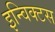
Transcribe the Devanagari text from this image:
इन्विक्टस